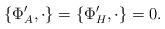
LaTeX: \begin{align*}\{ \Phi'_A, \cdot\}=\{ \Phi'_H, \cdot\}=0.\end{align*}